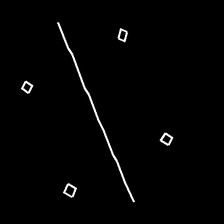
Glyph: cool